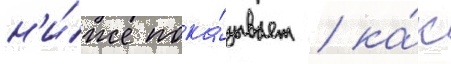
н'и́же пока́зывает / ка́к